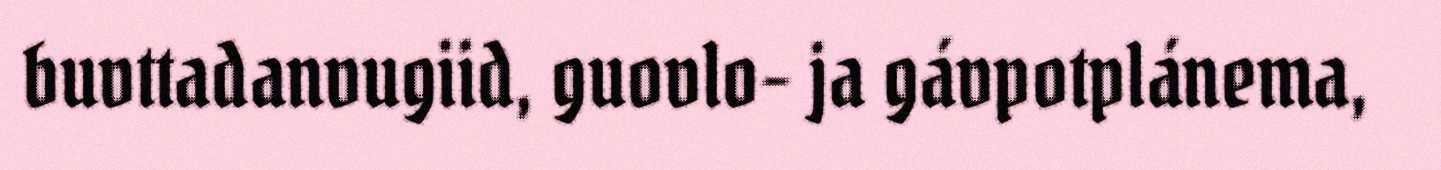
buvttadanvugiid, guovlo- ja gávpotplánema,